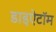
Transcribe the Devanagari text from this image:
डाइऐटॉम